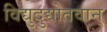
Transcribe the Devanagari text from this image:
विद्युदुद्योतवान्